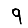
Digit: 9